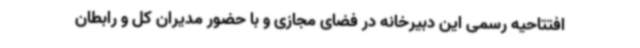
افتتاحیه رسمی این دبیرخانه در فضای مجازی و با حضور مدیران کل و رابطان